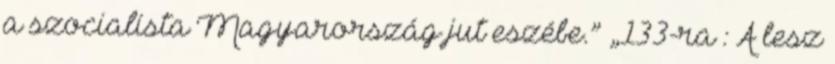
a szocialista Magyarország jut eszébe.” „133-ra : A lesz